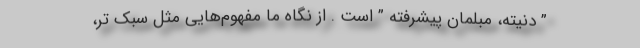
” دنیته، مبلمان پیشرفته ” است . از نگاه ما مفهوم‌هایی مثل سبک تر،